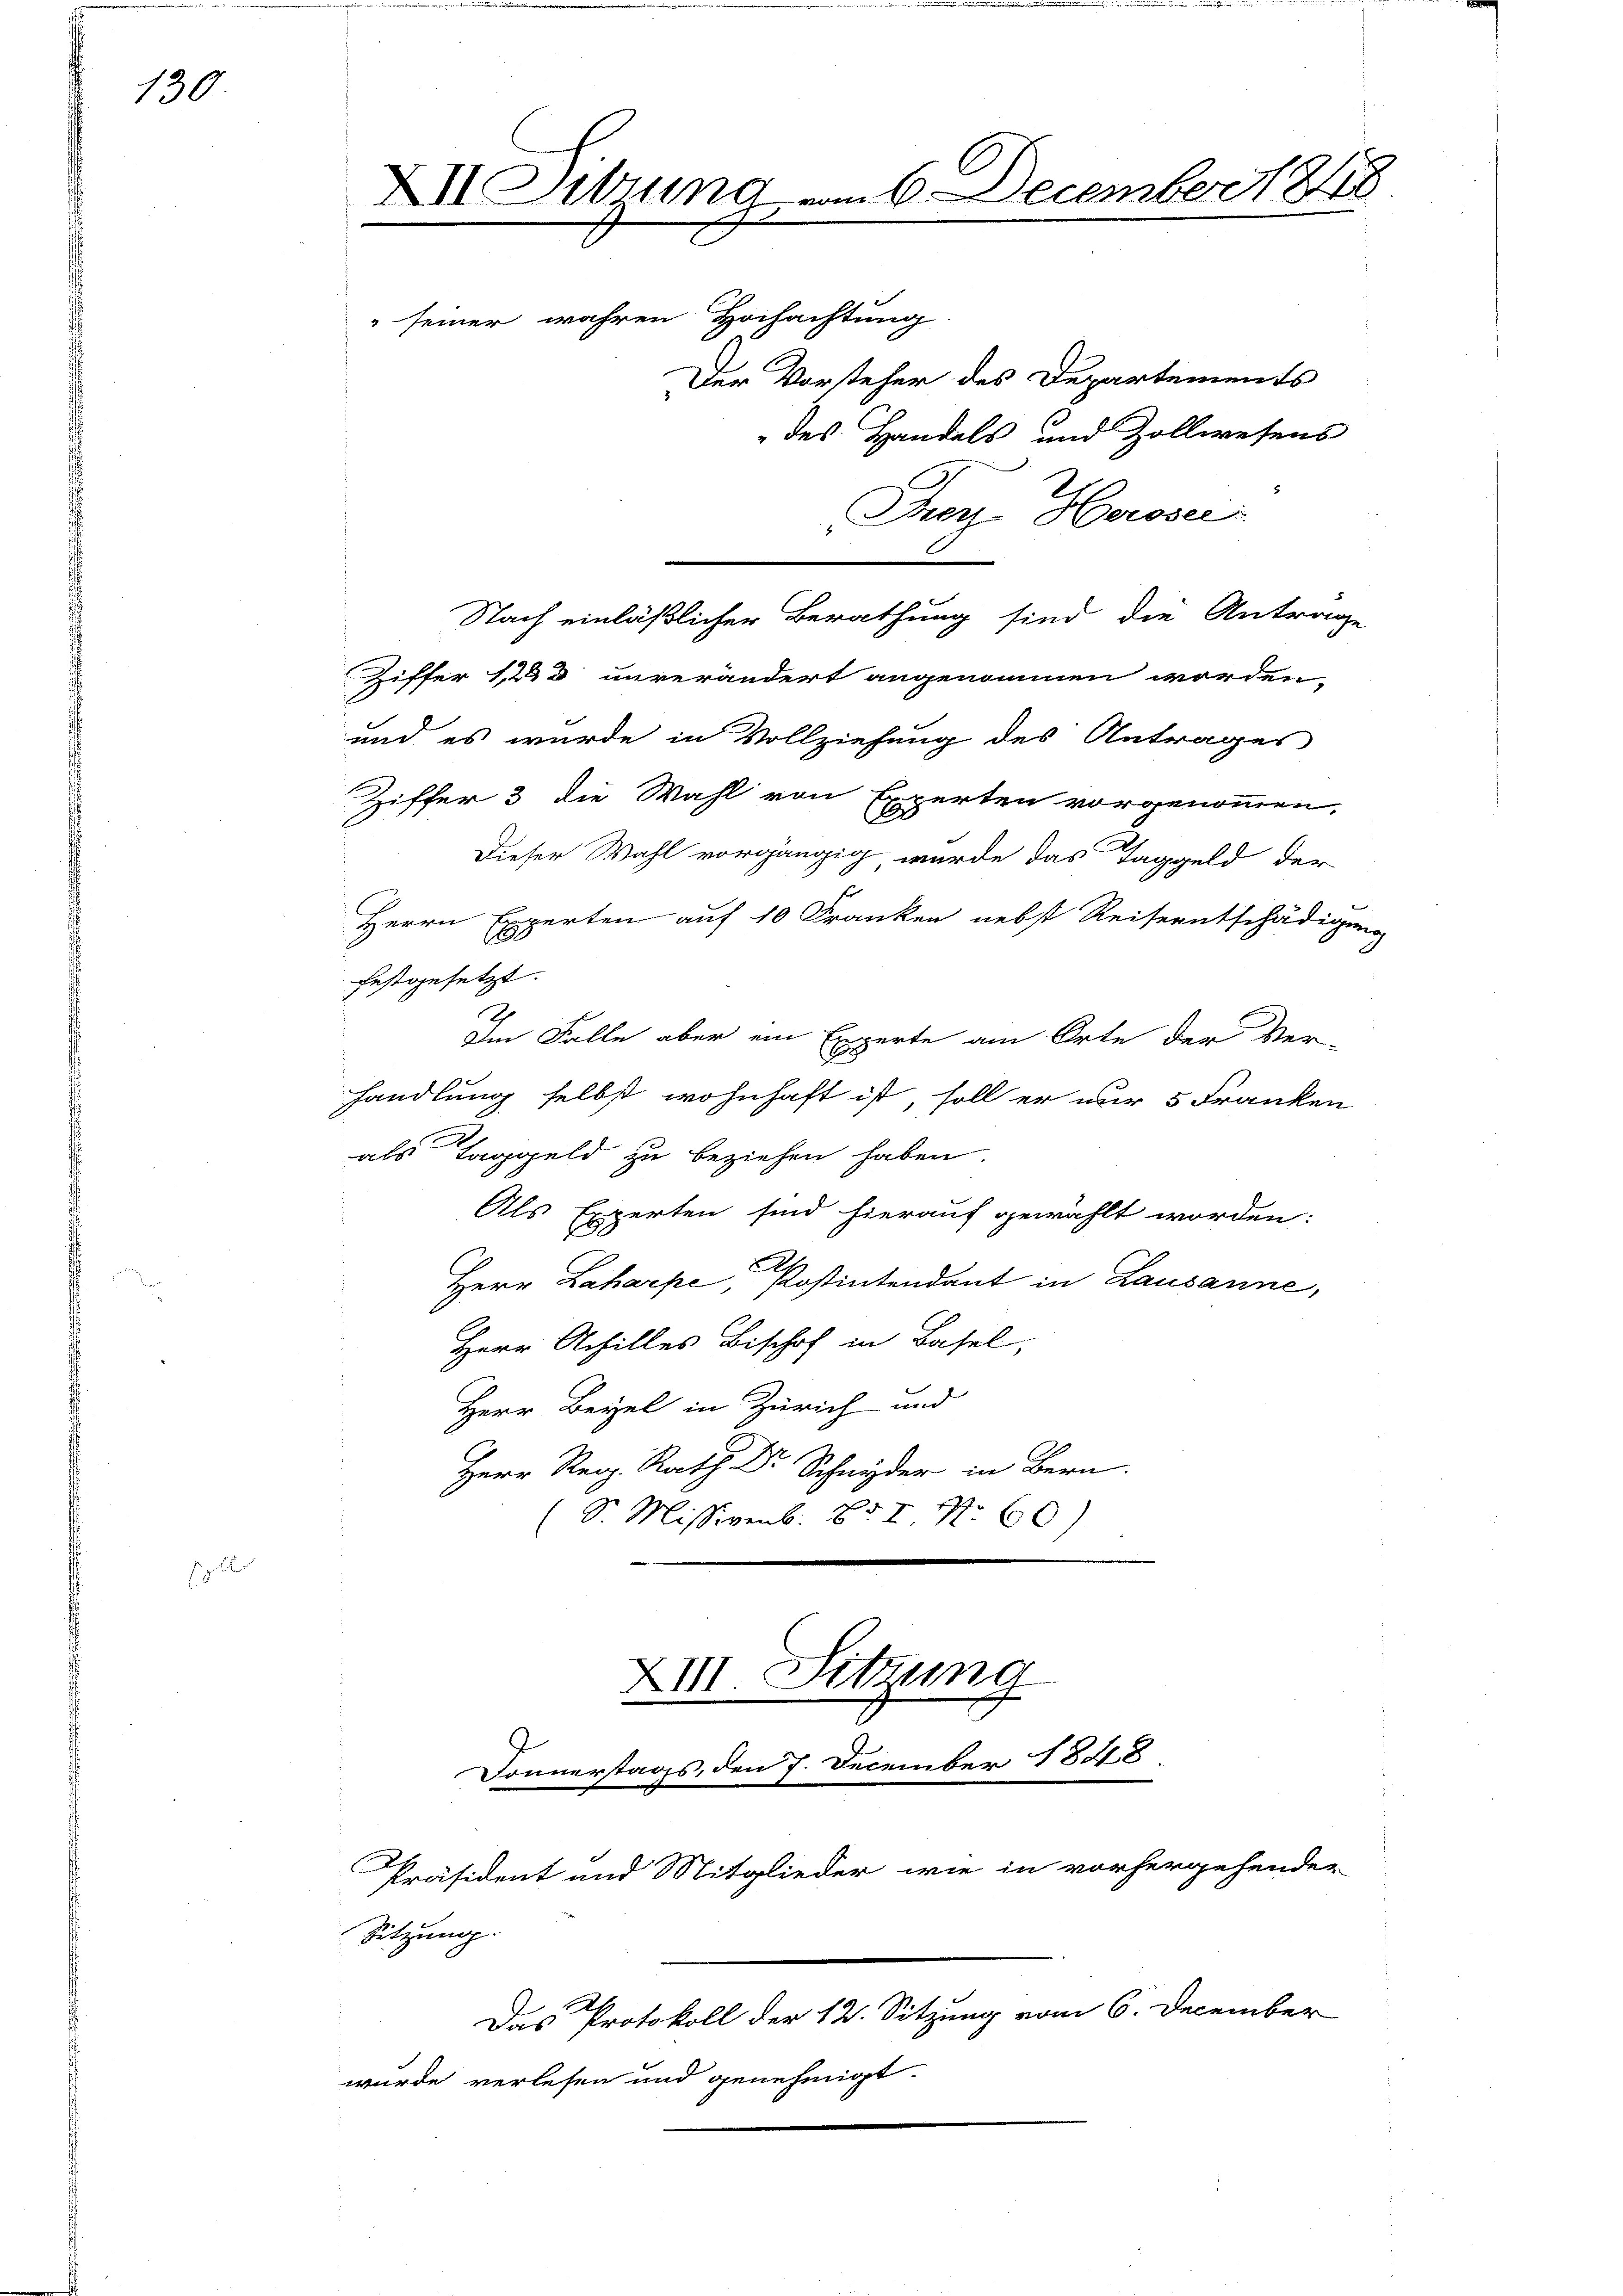
130

Epister

XII Sitzung am 6. December 1848
.
c
seiner wahren Hochachtung
Der Vorsteher des Departements
des Handels und Zollwesens

Frey Heroser
Ziffer 1283 unverändert angenommen worden,
und es wurde in Vollziehung des Antrages
Ziffer 3 die Wahl von Experten vorgenommen,
festgesetzt.
Im Falle aber ein Experte am Orte der Ver-
handlung selbst wohnhaft ist, soll er nur 5 Franken
.
als Taggeld zu beziehen haben.
Als Experten sind hierauf gewählt worden:
Herr Laharpe, Postintendant in Lausanne,
Herr Achilles Bischof in Basel,
Herr Beyel in Zürich und
.
(S. Missivenb. 857 Nr. 60)
XIII. Setzung

Dieser Wahl vorgängig wurde das Taggeld der
Herrn Experten auf 10 Franken nebst Reiseentschädigung

Donnerstags, den 7. December 1848.

Nach einläßlicher Berathung sind die Antrage

Präsident und Mitglieder wie in vorhergehenden
Sitzung.
Das Protokoll der 12. Sitzung vom 6. December
wurde verlesen und genehmigt.